Report of the Indian Hemp Drugs Commission, 1894-1895 - Volume VI
Year: 1894
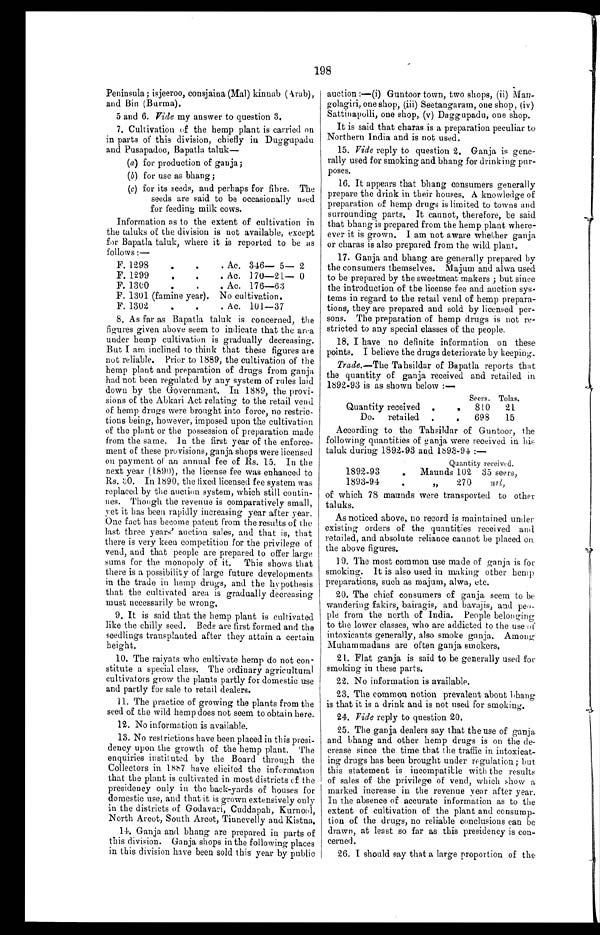
198
Peninsula ; isjeeroo, consjaina (Mal) kinnab (Arab),
and Bin (Burma).
5 and 6. Vide my answer to question 3.
7. Cultivation of the hemp plant is carried on
in parts of this division, chiefly in Duggupadu
and Pusapadoo, Bapatla taluk
—
(a) for production of ganja;
(b) for use as bhang ;
(c) for its seeds, and perhaps for fibre. The
seeds are said to be occasionally used
for feeding milk cows.
Information as to the extent of cultivation in
the taluks of the division is not available, except
for Bapatla taluk, where it is reported to be as
follows :—
F. 1298 . . .
. Ac. 346— 5— 2
F. 1299
. . .
. Ac. 170—21— 0
F. 1300 . . .
. Ac. 176—6:3
F. 1301 (famine year). No cultivation.
F. 1302 . . .
. Ac. 101—37
8. As far as Bapatla taluk is concerned, the
figures given above seem to indicate that the area
under hemp cultivation is gradually decreasing.
But I am inclined to think that these figures are
not reliable. Prior to 1889, the cultivation of the
hemp plant and preparation of drugs from ganja
had not been regulated by any system of rules laid
down by the Government. In 1889, the provi
- s i o n s o f t h e A b k a r i A c t r e l a t i n g t o t h e r e t a i l v e n d
of hemp drugs were brought into force, no restric-
tions being, however, imposed upon the cultivation
of the plant or the possession of preparation made
from the same. In the first year of the enforce-
ment of these provisions, ganja, shops were licensed
on payment or an annual fee of Rs. 15. In the
next year (1890), the license fee was enhanced to
Rs. In 1890, the fixed licensed fee system was
replaced by the auction system, which still contin-
ues. Though the revenue is comparatively small,
yet it has been rapidly increasing year after year.
One fact has become patent from the results of the
last three years' auction sales, and that is, that
there is very keen competition for the privilege of
vend, and that people are prepared to offer large
sums for the monopoly of it. This shows that
there is a possibility of large future developments
in the trade in hemp drugs, and the hypothesis
that the cultivated area is gradually decreasing
must necessarily be wrong.
9. It is said that the hemp plant is cultivated
like the chilly seed. Beds are first formed and the
seedlings transplanted after they attain a certain
height.
10. The raiyats who cultivate hemp do not con-
stitute a special class. The ordinary agricultural
cultivators grow the plants partly for domestic use
and partly for sale to retail dealers.
11. The practice of growing the plants from the
seed of the wild hemp does not seem to obtain here.
12. No information is available.
13. No restrictions have been placed in this presi-
dency upon the growth of the hemp plant. The
enquiries instituted by the Board through the
Collectors in 1887 have elicited the information
that the plant is cultivated in most districts of the
presidency only in the back-yards of houses for
domestic use, and that it is grown extensively only
in the districts of Godavari, Cuddapah, Kurnool,
North Arcot, South Arcot, Tinnevelly and Kistna.
11. Ganja and bhang are prepared in parts of
t hi s di vi si on. Ganj a shops i n t he fol l owi ng pl aces
in this division have been sold this year by public
auction :—(i) Guntoor town, two shops, (ii) Man-
golagiri, one shop, (iii) Seetangaram, one shop, (iv)
Sattinapolli, one shop, (v) Daggupadu, one shop.
It is said that charas is a preparation peculiar to
Northern India and is not used.
15. Vide reply to question 2. Ganja is gene-
rally used for smoking and bhang for drinking pur-
poses.
16. It appears that bhang consumers generally
prepare the drink in their houses, A knowledge of
preparation of hemp drugs is limited to towns and
surrounding parts. It cannot, therefore, be said
that bhang is prepared from the hemp plant where-
ever it is grown. I am not aware whether ganja
or charas is also prepared from the wild plant.
17. Ganja and bhang are generally prepared by
the consumers themselves. Majum and alwa used
to be prepared by the sweetmeat makers ; but since
the introduction of the license fee and auction sys-
tems in regard to the retail vend of hemp prepara-
tions, they are prepared and sold by licensed per-
sons. The preparation of hemp drugs is not re-
stricted to any special classes of the people.
18. I have no definite information on these
points. I believe the drugs deteriorate by keeping.
Trade.—The Tahsildar of Bapatla reports that
the quantity of ganja received and retailed in
1892-93 is as shown below :—
Quantity received . .
Seers.
810
Tolas.
21
Do. retailed
. .
698
15
According to the Tahsildar of Guntoor, the
following quantities of ganja were received in his
taluk during 1892-93 and 1893-94 :—
Quantity received.
1892-93 .
Maunds 102 35 seers,
1893-94 .
,,
270
n i l ,
of which 78 maunds were transported to other
taluks.
As noticed above, no record is maintained under
existing orders of the quantities received and
retailed, and absolute reliance cannot be placed on
the above figures.
19. The most common use made of ganja is for
smoking. It is also used in making other hemp
preparations, such as majum, alwa, etc.
20. The chief consumers of ganja seem to be
wandering fakirs, bairagis, and bavajis, and peo-
ple from the north of India. People belonging
to the lower classes, who are addicted to the use of
intoxicants generally, also smoke ganja. Among
Muhammadans are often ganja smokers.
21. Flat ganja is said to be generally used for
smoking in these parts.
22. No information is available.
23. The common notion prevalent about bhang
is that it is a drink and is not used for smoking.
24.Vide reply to question 20.
25. The ganja dealers say that the use of ganja
and bhang and other hemp drugs is on the de-
crease since the time that the traffic in intoxicat-
ing drugs has been brought under regulation; but
this statement is incompatible with the results
of sales of the privilege of vend, which show a
marked increase in the revenue year after year.
In the absence of accurate information as to the
extent of cultivation of the plant and consump-
tion of the drugs, no reliable conclusions can be
drawn, at least so far as this presidency is con-
cerned.
26. I should say that a large proportion of the